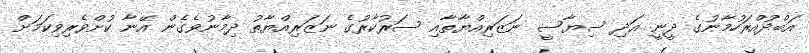
އަބްދުއްރަހުމާނުގެ ދީނީ އަދި ސިޔާސީ ނަޒަރިއްޔާތާއި ސަރުކާރުގެ ނަޒަރިއްޔާތު ދިމާނުވެގެން އޭނާ ކުށްވެރިވިކަމަށް